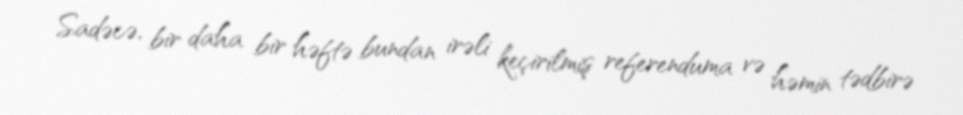
Sadəcə, bir daha bir həftə bundan irəli keçirilmiş referenduma və həmin tədbirə